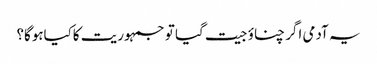
یہ آدمی اگر چناؤ جیت گیا تو جمہوریت کاکیاہوگا؟